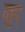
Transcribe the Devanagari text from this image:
कुप्